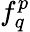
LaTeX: f_{q}^{p}